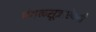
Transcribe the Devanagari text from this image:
मंगळसूत्राऐवजी